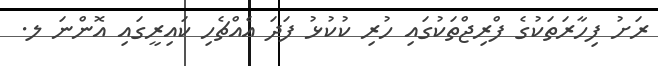
ރަށު ފިހާރަތަކުގެ ފްރިޖްތަކުގައި ހުރި ކުކުޅު ފަދަ އެއްޗެހި ކައިރީގައި އޮންނަ ލ.